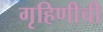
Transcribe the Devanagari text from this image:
गृहिणीची